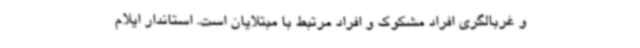
و غربالگری افراد مشکوک و افراد مرتبط با مبتلایان است. استاندار ایلام